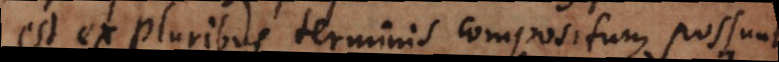
est ex pluribus terminis compositum possunt